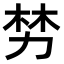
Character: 𫦯